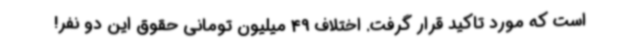
است که مورد تاکید قرار گرفت. اختلاف 49 میلیون تومانی حقوق این دو نفر!